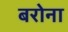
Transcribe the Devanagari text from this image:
बरोना